Report on vaccination in Madras 1904-1921 - 1904-1921
Year: 1904
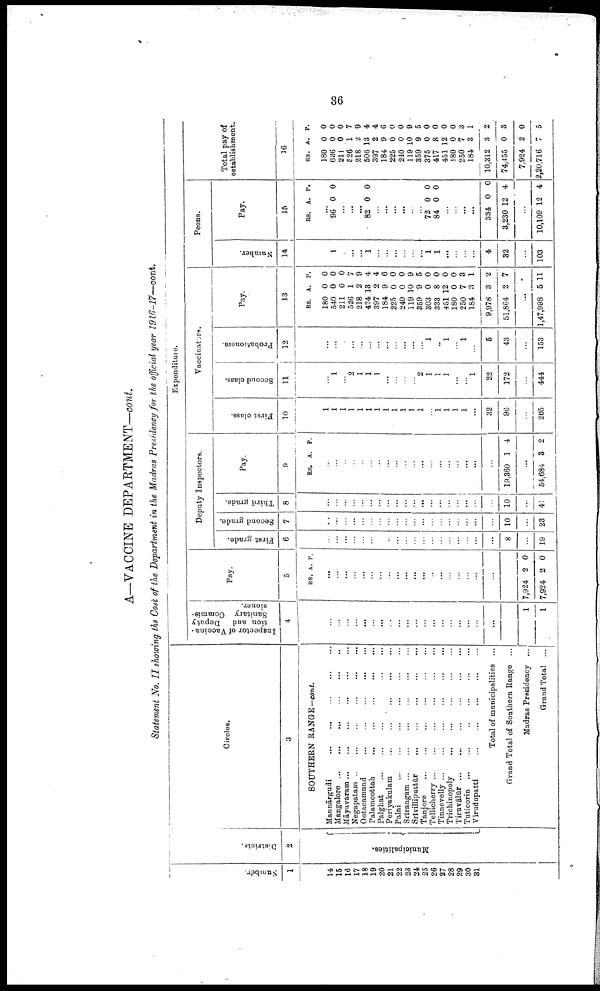
36
A—VACCINE DEPARTMENT—cont.
Statement No. II showing the Cost of the Department in the Madras Presidency for the official year 1916-17—cont.
Number.
1
14
15
16
17
18
19
20
21
22
23
24
25
26
27
28
29
30
31
Districts.
2
Municipalities.
Circles.
3
SOUTHERN RANGE -cont.
Mannārgudi
...
...
...
...
...
Mangalore
...
...
...
...
...
Māyavaram
...
...
...
...
...
Negapatam
...
...
...
...
...
Ootacamund
...
...
...
...
...
Palamcottah
...
...
...
...
...
Palghat
...
...
...
...
...
Periyakulam
...
...
...
...
...
Palni
...
...
...
...
...
Srirangam
...
...
...
...
...
Srivilliputtur
...
...
...
...
...
Tanjore
...
...
...
...
...
Tellicherry
...
...
...
...
...
Tinnevelly
...
...
...
...
...
Trichinopoly
...
...
...
...
...
Tiruvālūr
...
...
...
...
...
Tuticorin
...
...
...
...
...
Virudupatti
...
...
...
...
...
Total of municipalities ...
Grand Total of Southern Range ...
Madras Presidency ...
Grand Total ...
Expenditure.
Inspector of Vaccina-
tion and Deputy
Sanitary Commis-
sioner.
4
...
...
...
...
...
...
...
...
...
...
...
...
...
...
...
...
...
...
...
1
1
Pay.
5
RS A.
P.
...
...
...
...
...
...
...
...
...
...
...
...
...
...
...
...
...
...
...
...
7,924
7,924
2
2
0
0
Deputy Inspectors.
First grade.
6
...
...
...
...
...
...
...
...
...
...
...
...
...
...
...
...
...
...
...
8
...
19
Second grade.
7
...
...
...
...
...
...
...
...
...
...
...
...
...
...
...
...
...
...
...
10
...
23
Third grade.
8
...
...
...
...
...
...
...
...
...
...
...
...
...
...
...
...
...
...
...
10
...
41
Pay.
9
RS. A.
P.
...
...
...
...
...
...
...
...
...
...
...
...
...
...
...
...
...
...
...
19,360 1 4
...
54,684 3 2
Vaccinators.
First class.
10
1
1
1
1
1
1
1
1
1
1
1
1
..
1
1
1
1
...
32
96
...
265
Second class.
11
...
1
...
2
1
1
1
...
...
...
...
2
1
1
1
...
...
1
22
172
...
444
Probationers.
12
...
...
...
...
...
...
...
...
...
...
...
...
1
...
1
...
1
...
5
43
...
153
Pay.
13
RS.
180
540
211
526
218
424
397
184
225
240
119
359
303
333
451
180
250
184
9,978
51,864
A.
0
0
0
1
2
13
2
9
0
0
10
9
0
8
12
0
7
3
3
2
P.
0
0
0
7
9
4
4
6
0
0
9
5
0
0
0
0
3
1
2
7
...
1,47,998 5 11
Peons.
Number.
14
...
1
...
...
...
1
...
...
...
...
...
...
1
1
...
...
...
...
4
32
...
103
Pay.
15
RS. A. P.
...
96 0 0
...
...
...
82 0 0
...
...
...
...
...
...
72
84
0
0
0
0
...
...
...
...
334
3,230
0
12
0
4
...
10,109 12 4
Total pay of
establishment.
16
RS.
180
636
211
526
218
506
397
184
225
240
119
359
375
417
451
180
250
184
10,312
74,455
7,924
2,20,716
A.
0
0
0
1
2
13
2
9
0
0
10
9
0
8
12
0
7
3
3
0
2
7
P.
0
0
0
7
9
4
4
6
0
0
9
5
0
0
0
0
3
1
2
3
0
5